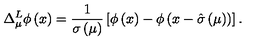
\Delta _ { \mu } ^ { L } \phi \left( x \right) = { \frac { 1 } { \sigma \left( \mu \right) } } \left[ \phi \left( x \right) - \phi \left( x - \hat { \sigma } \left( \mu \right) \right) \right] .